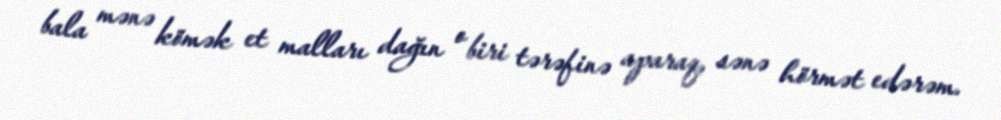
bala mənə kömək et malları dağın o biri tərəfinə aparaq, sənə hörmət edərəm.